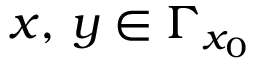
x , \, y \in \Gamma _ { x _ { 0 } }